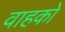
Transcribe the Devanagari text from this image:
वाहको